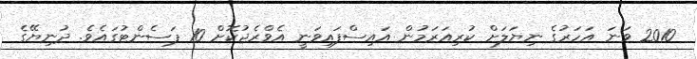
2010 ވަނަ އަހަރުގެ ނިޔަލަށް ކުރިއަރަމުން އައިސްފައިވަނީ އެވްރެޖުކޮށް 10 ޕަސެންޓުގައެވެ. ދުނިޔޭގެ